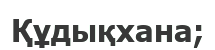
Құдықхана;